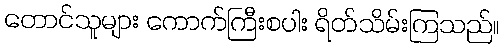
တောင်သူများ ကောက်ကြီးစပါး ရိတ်သိမ်းကြသည်။